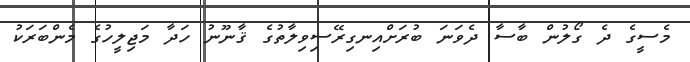
މެސީގެ ދެ ގޯލުން ބާސާ ދެވަނަ ބުރަށްއިނގިރޭސިވިލާތުގެ ޤާނޫނު ހަދާ މަޖިލީހުގެ މެންބަރަކު